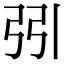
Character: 𢏄